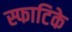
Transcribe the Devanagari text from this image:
स्फाटिके